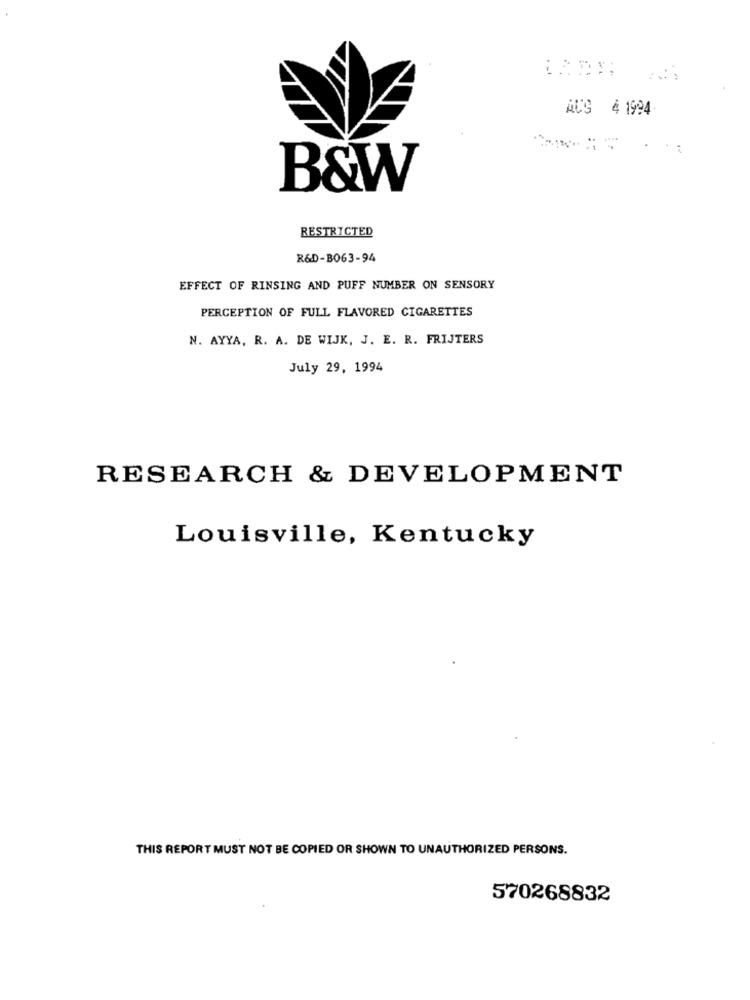
AUS 4 1994
B&W
RESTRICTED
R&D-B063-94
EFFECT OF RINSING AND PUFF NUMBER ON SENSORY
PERCEPTION OF FULL FLAVORED CIGARETTES
N. AYYA, R. A. DE WIJK, J. E. R. FRIJTERS
July 29, 1994
RESEARCH & DEVELOPMENT
Louisville, Kentucky
THIS REPORT MUST NOT BE COPIED OR SHOWN TO UNAUTHORIZED PERSONS.
570268832